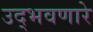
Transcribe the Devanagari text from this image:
उद्‌भवणारे